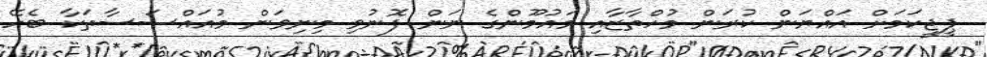
ޕީޖީކަމަށް އައްޔަން ކުރަން މުހްތާޒާއި މައުމޫންގެ ނަން ފޮނުވި މިނިވަން މުއައްސަސާތަކާ ބެހޭ